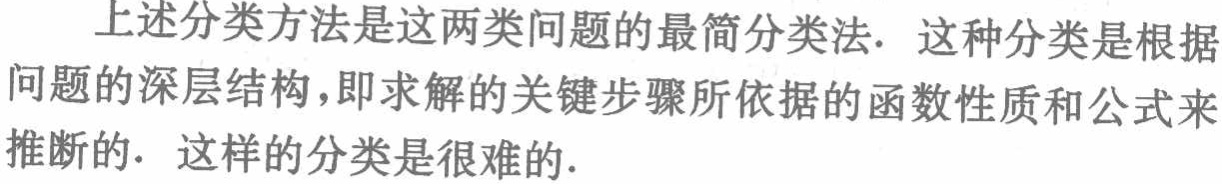
上述分类方法是这两类问题的最简分类法. 这种分类是根据问题的深层结构，即求解的关键步骤所依据的函数性质和公式来推断的. 这样的分类是很难的.